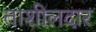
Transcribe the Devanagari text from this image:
ताशीलदार